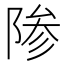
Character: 𬯊